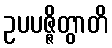
ဥပပဇ္ဇိတွာတိ